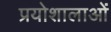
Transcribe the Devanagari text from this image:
प्रयोशालाओं